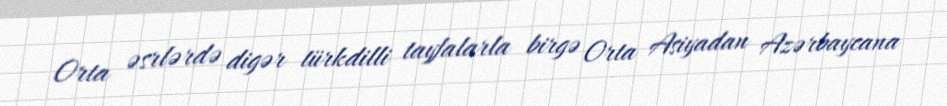
Orta əsrlərdə digər türkdilli tayfalarla birgə Orta Asiyadan Azərbaycana